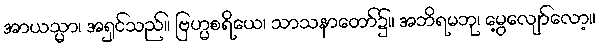
အာယသ္မာ၊ အရှင်သည်။ ဗြဟ္မစရိယေ၊ သာသနာတော်၌။ အဘိရမဘု၊ မွေ့လျော်လော့။